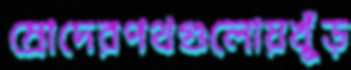
ম্রোদেরপথগুলোয়খুঁড়